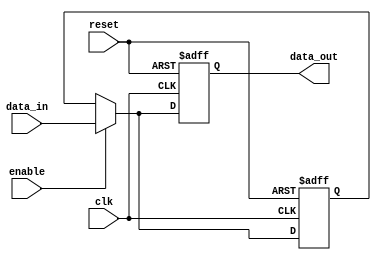
module Disable (
    input wire clk,           // Clock signal
    input wire reset,         // Asynchronous reset signal
    input wire enable,        // Control signal to enable/disable the block
    input wire [N-1:0] data_in, // Input data (N is the width of the input data)
    output reg [N-1:0] data_out // Output data (maintains last valid state or driven to a predefined state)
);

parameter N = 8;            // Width of the data bus
reg [N-1:0] last_valid_data; // Register to hold the last valid data

// State management
always @(posedge clk or posedge reset) begin
    if (reset) begin
        data_out <= {N{1'b0}}; // Reset output to zero
        last_valid_data <= {N{1'b0}}; // Reset last valid data to zero
    end else if (enable) begin
        last_valid_data <= data_in; // Update last valid data when enabled
        data_out <= data_in;         // Output the current input data
    end else begin
        data_out <= last_valid_data; // Hold last valid data when disabled
    end
end

endmodule